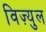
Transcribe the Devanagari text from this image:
विज़्युल